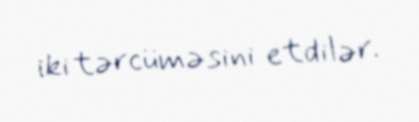
iki tərcüməsini etdilər.